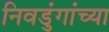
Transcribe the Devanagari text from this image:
निवडुंगांच्या